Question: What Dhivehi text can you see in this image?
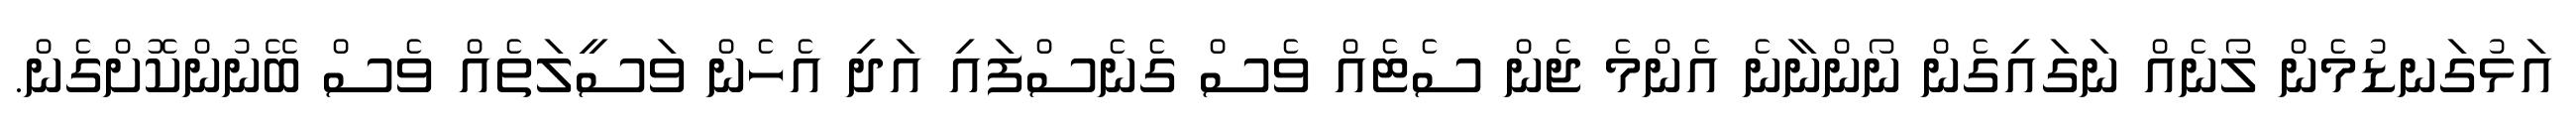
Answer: އަޅުގަނޑުމެން ލޯނެއް ނަގައިގެން ނޯންނާނެ އެންމެ ޖެން ސެޓެއް ވެސް ގެނެސްފައި އަދި އެހެން ވަސީލަތެއް ވެސް ބޭނުންކޮށްގެން.